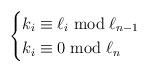
LaTeX: \begin{align*} \begin{cases}k_i \equiv \ell_i \bmod \ell_{n-1} \\k_i \equiv 0 \bmod \ell_n \\\end{cases} \end{align*}